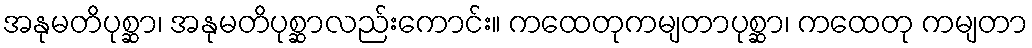
အနုမတိပုစ္ဆာ၊ အနုမတိပုစ္ဆာလည်းကောင်း။ ကထေတုကမျတာပုစ္ဆာ၊ ကထေတု ကမျတာ